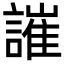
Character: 䜅